Report of the Indian Hemp Drugs Commission, 1894-1895 - Volume IV
Year: 1894
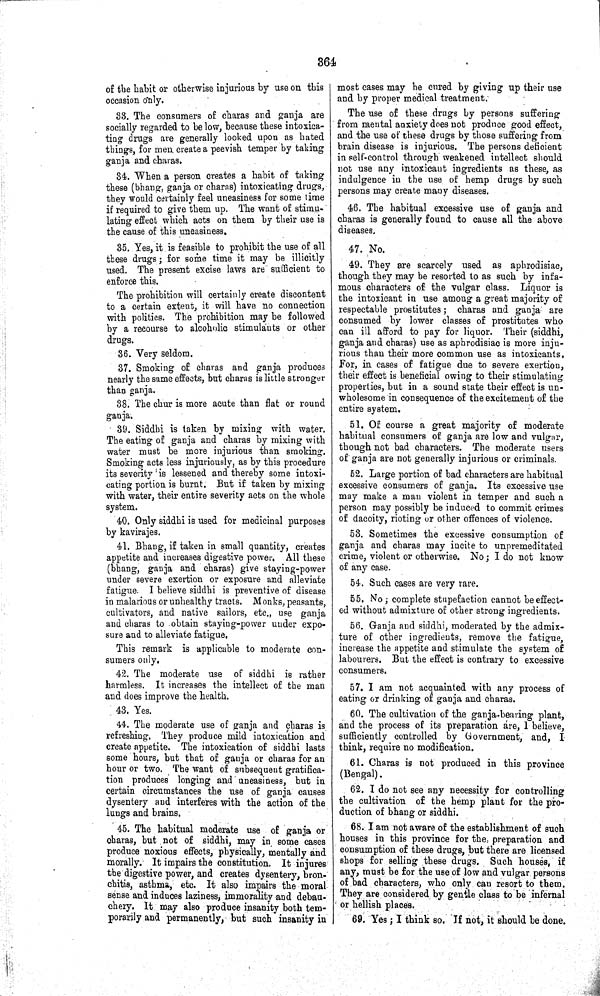
364
of the habit or otherwise injurious by use on this
occasion only.
33. The consumers of charas and ganja are
socially regarded to be low, because these intoxica-
ting drugs are generally looked upon as hated
things, for men create a peevish temper by taking
ganja and charas.
34. When a person creates a habit of taking
these (bhang, ganja or charas) intoxicating drugs,
they would certainly feel uneasiness for some time
if required to give them up. The want of stimu-
lating effect which acts on them by their use is
the cause of this uneasiness.
35. Yes, it is feasible to prohibit the use of all
these drugs; for some time it may be illicitly
used. The present excise laws are sufficient to
enforce this.
The prohibition will certainly create discontent
to a certain extent, it will have no connection
with politics. The prohibition may be followed
by a recourse to alcoholic stimulants or other
drugs.
36. Very seldom.
37. Smoking of charas and ganja produces
nearly the same effects, but charas is little stronger
than ganja.
38. The chur is more acute than flat or round
ganja.
39. Siddhi is taken by mixing with water.
The eating of ganja and charas by mixing with
water must be more injurious than smoking.
Smoking acts less injuriously, as by this procedure
its severity is lessened and thereby some intoxi-
cating portion is burnt. But if taken by mixing
with water, their entire severity acts on the whole
system.
40. Only siddhi is used for medicinal purposes
by kavirajes.
41. Bhang, if taken in small quantity, creates
appetite and increases digestive power. All these
(bhang, ganja and charas) give staying-power
under severe exertion or exposure and alleviate
fatigue. I believe siddhi is preventive of disease
in malarious or unhealthy tracts. Monks, peasants,
cultivators, and native sailors, etc., use ganja
and charas to obtain staying-power under expo-
sure and to alleviate fatigue.
This remark is applicable to moderate con-
sumers only.
42. The moderate use of siddhi is rather
harmless. It increases the intellect of the man
and does improve the health.
43. Yes.
44. The moderate use of ganja and charas is
refreshing. They produce mild intoxication and
create appetite. The intoxication of siddhi lasts
some hours, but that of ganja or charas for an
hour or two. The want of subsequent gratifica-
tion produces longing and uneasiness, but in
certain circumstances the use of ganja causes
dysentery and interferes with the action of the
lungs and brains.
45. The habitual moderate use of ganja or
charas, but not of siddhi, may in some cases
produce noxious effects, physically, mentally and
morally. It impairs the constitution. It injures
the digestive power, and creates dysentery, bron-
chitis, asthma, etc. It also impairs the moral
sense and induces laziness, immorality and debau-
chery. It may also produce insanity both tem-
porarily and permanently, but such insanity in
most cases may be cured by giving up their use
and by proper medical treatment.
The use of these drugs by persons suffering
from mental anxiety does not produce good effect,
and the use of these drugs by those suffering from
brain disease is injurious. The persons deficient
in self-control through weakened intellect should
not use any intoxicant ingredients as these, as
indulgence in the use of hemp drugs by such
persons may create many diseases.
46. The habitual excessive use of ganja and
charas is generally found to cause all the above
diseases.
47. No.
49. They are scarcely used as aphrodisiac,
though they may be resorted to as such by infa-
mous characters of the vulgar class. Liquor is
the intoxicant in use among a great majority of
respectable prostitutes; charas and ganja are
consumed by lower classes of prostitutes who
can ill afford to pay for liquor. Their (siddhi,
ganja and charas) use as aphrodisiac is more inju-
rious than their more common use as intoxicants.
For, in cases of fatigue due to severe exertion,
their effect is beneficial owing to their stimulating
properties, but in a sound state their effect is un-
wholesome in consequence of the excitement of the
entire system.
51. Of course a great majority of moderate
habitual consumers of ganja are low and vulgar,
though not bad characters. The moderate users
of ganja are not generally injurious or criminals.
52. Large portion of bad characters are habitual
excessive consumers of ganja. Its excessive use
may make a man violent in temper and such a
person may possibly be induced to commit crimes
of dacoity, rioting or other offences of violence.
53. Sometimes the excessive consumption of
ganja and charas may incite to unpremeditated
crime, violent or otherwise. No; I do not know
of any case.
54. Such cases are very rare.
55. No; complete stupefaction cannot be effect-
ed without admixture of other strong ingredients.
56. Ganja and siddhi, moderated by the admix-
ture of other ingredients, remove the fatigue,
increase the appetite and stimulate the system of
labourers. But the effect is contrary to excessive
consumers.
57. I am not acquainted with any process of
eating or drinking of ganja and charas.
60. The cultivation of the ganja-bearing plant,
and the process of its preparation are, I believe,
sufficiently controlled by Government, and, I
think, require no modification.
61. Charas is not produced in this province
(Bengal).
62. I do not see any necessity for controlling
the cultivation of the hemp plant for the pro-
duction of bhang or siddhi.
68. I am not aware of the establishment of such
houses in this province for the preparation and
consumption of these drugs, but there are licensed
shops for selling these drugs. Such houses, if
any, must be for the use of low and vulgar persons
of bad characters, who only can resort to them.
They are considered by gentle class to be infernal
or hellish places.
69. Yes; I think so. If not, it should be done.